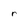
Character: r